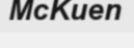
McKuen